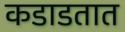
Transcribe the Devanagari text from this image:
कडाडतात